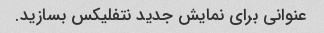
عنوانی برای نمایش جدید نتفلیکس بسازید.